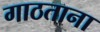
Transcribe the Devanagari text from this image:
गाठताना